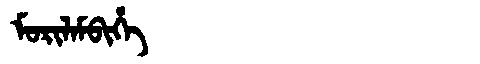
Manchu: ᠮᠣᡵᡳᠯᠠᠮᠪᡳᡥᡝ
Romanization: MORILAMBIHE